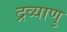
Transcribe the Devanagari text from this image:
द्रव्याणु